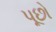
પૂછો